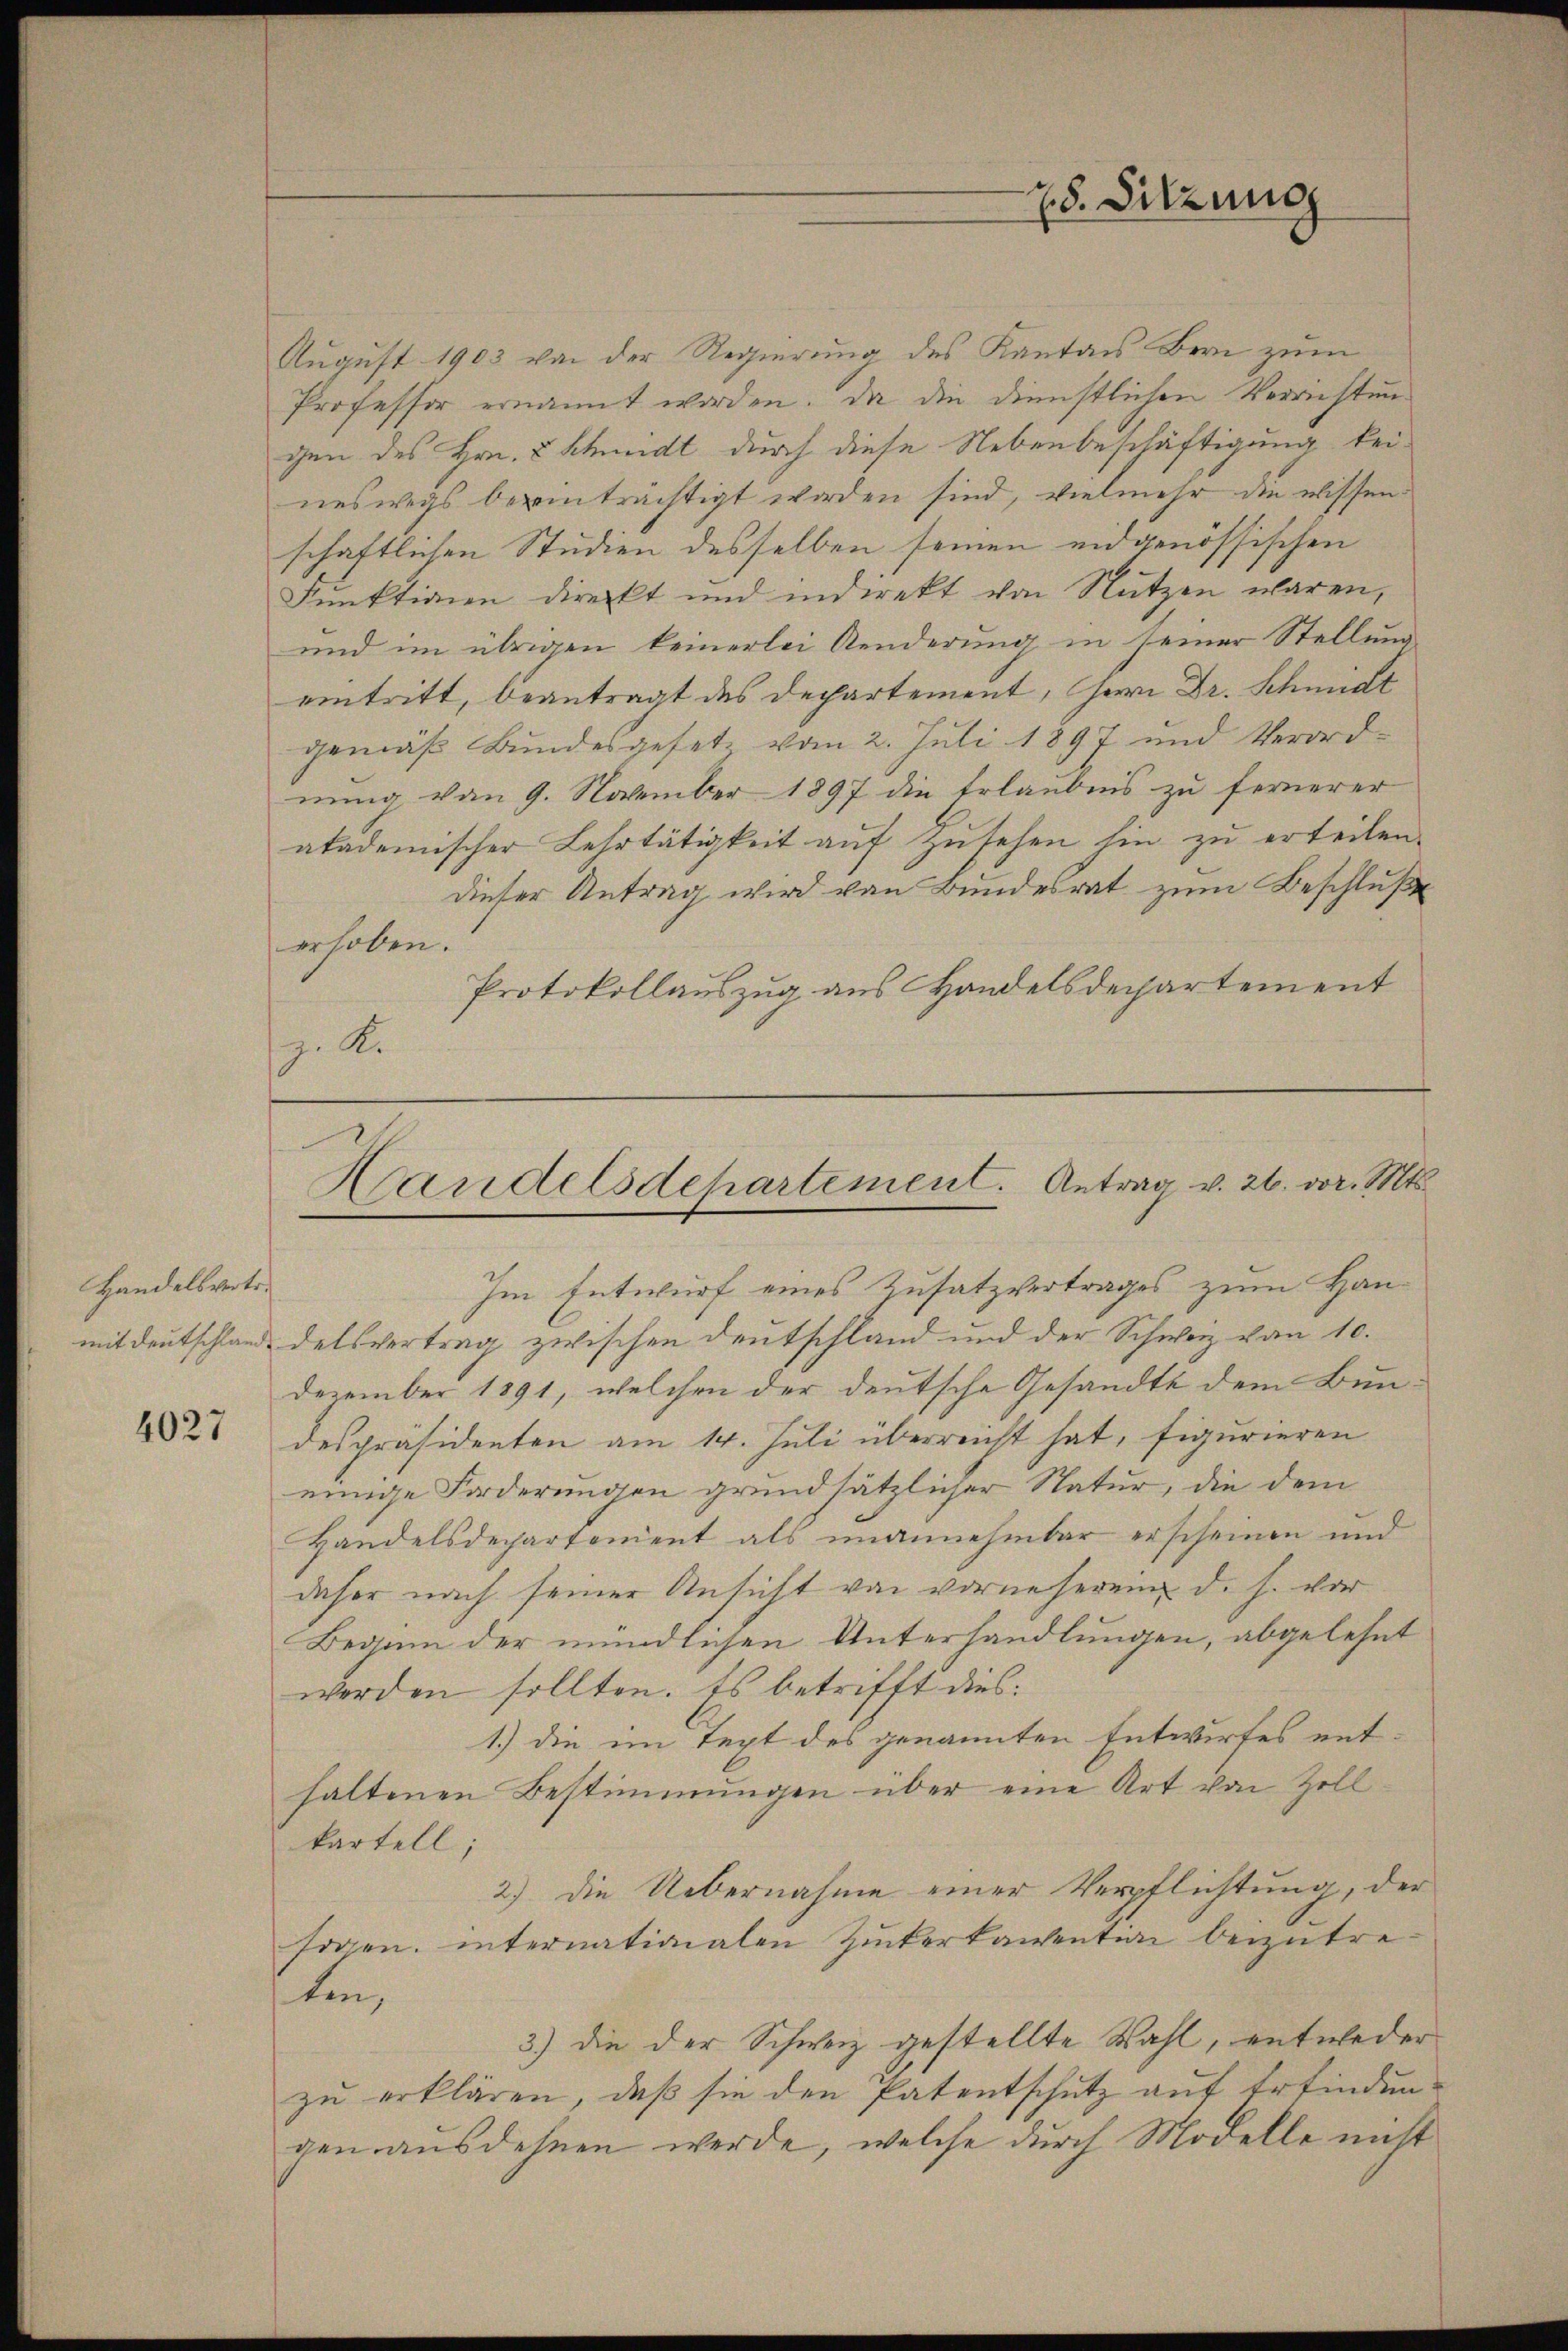
Handelsvertr.

4027

August 1903 von der Regierung des Kantons Bern zum
Professor ernannt worden. Da die dienstlichen Verrichtungen des Hrn. Schmidt durch diese Nebenbeschäftigung kei-
neswegs bezeinträchtigt worden sind, vielmehr die wissenschaftlichen Studien desselben seinen eidgenössischen
Funktionen direckt und indirekt von Nutzen waren,
und im übrigen keinerlei Aenderung in seiner Stellung
eintritt, beantragt des Departement, Herrn Dr. Schmidt
gemäß Bundesgesetz vom 2. Juli 1897 und Verord-
nung von 9. November 1897 die Erlaubnis zu fernerer
akademischer Lehrtätigkeit aŭf Zŭsehen hin zŭ erteilen.
dieser Antrag wird von Bundesrat zum Beschluß
erhoben.
Protokollauszug aus Handelsdepartement
z. A.

28. Sitzung

Handelsdepartement. Antrag v. 26. vor. Mts.

Im Entwurf eines Zusatzvertrages zum Hanmit Deutschlande delsvertrag zwischen Deutschland und der Schweiz von 10.
Dezember 1891, welchen der deutsche Gesandte dem Bundespräsidenten am 14. Juli überreicht hat, figurieren
einige Forderungen grundsätzlicher Natur, die dem
Handelsdepartement als unannehmbar erscheinen und
daher nach seiner Ansicht von vorneherein d. h. vor
Beginn der mündlichen Unterhandlungen, abgelehnt
werden sollten. Es betrifft dies¬
1.) die im Text des genannten Entwurfes enthaltenen Bestimmungen über eine Art von Zoll
kartell;
2.) Die Uebernahme einer Verpflichtung, der
sogen, internationalen Zuckertanention beizutreten,
3) die der Schweiz gestellte Wahl, entweder
zu erklären, daß sie den Patentschutz auf Erfindun-
gen ausdehnen werde, welche durch Modelle nicht